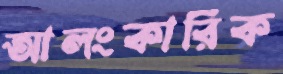
আলংকারিক